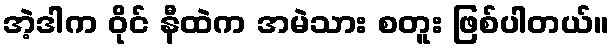
အဲ့ဒါက ဝိုင် နီထဲက အမဲသား စတူး ဖြစ်ပါတယ်။